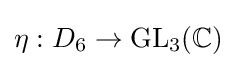
\eta :D_{6}\to {\text{GL}}_{3}(\mathbb {C} )